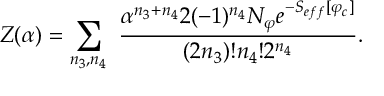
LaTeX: Z ( \alpha ) = \sum _ { n _ { 3 } , n _ { 4 } } \ { \frac { \alpha ^ { n _ { 3 } + n _ { 4 } } 2 ( - 1 ) ^ { n _ { 4 } } { \cal { N } } _ { \varphi } e ^ { - S _ { e f f } [ \varphi _ { c } ] } } { ( 2 n _ { 3 } ) ! n _ { 4 } ! 2 ^ { n _ { 4 } } } } .